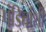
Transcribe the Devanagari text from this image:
पंडितांशी